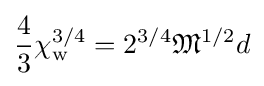
{\frac {4}{3}}\chi _{\mathrm {w} }^{3/4}=2^{3/4}{\mathfrak {M}}^{1/2}d